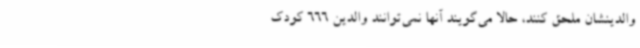
والدینشان ملحق کنند، حالا می‌گویند آنها نمی‌توانند والدین 666 کودک